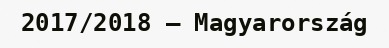
2017/2018 – Magyarország